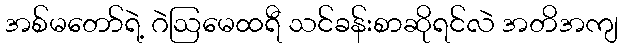
အစ်မတော်ရဲ့ ဂဲဩမေထရီ သင်ခန်းစာဆိုရင်လဲ အတိအကျ